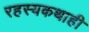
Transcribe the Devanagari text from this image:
रहस्यकथाही